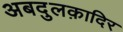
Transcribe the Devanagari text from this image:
अबदुलक़ादिर